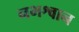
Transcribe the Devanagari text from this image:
नभश्वान